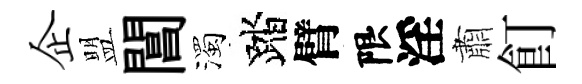
企盟閶濁踏臂限淫肅飣